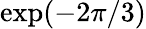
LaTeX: \exp(-2\pi/3)